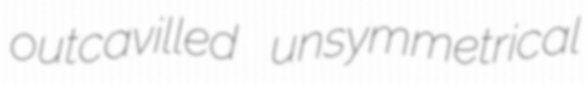
outcavilled unsymmetrical